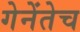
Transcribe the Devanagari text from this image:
गेनेंतेच